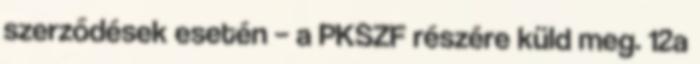
szerződések esetén – a PKSZF részére küld meg. 12a